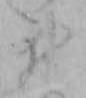
ヰ